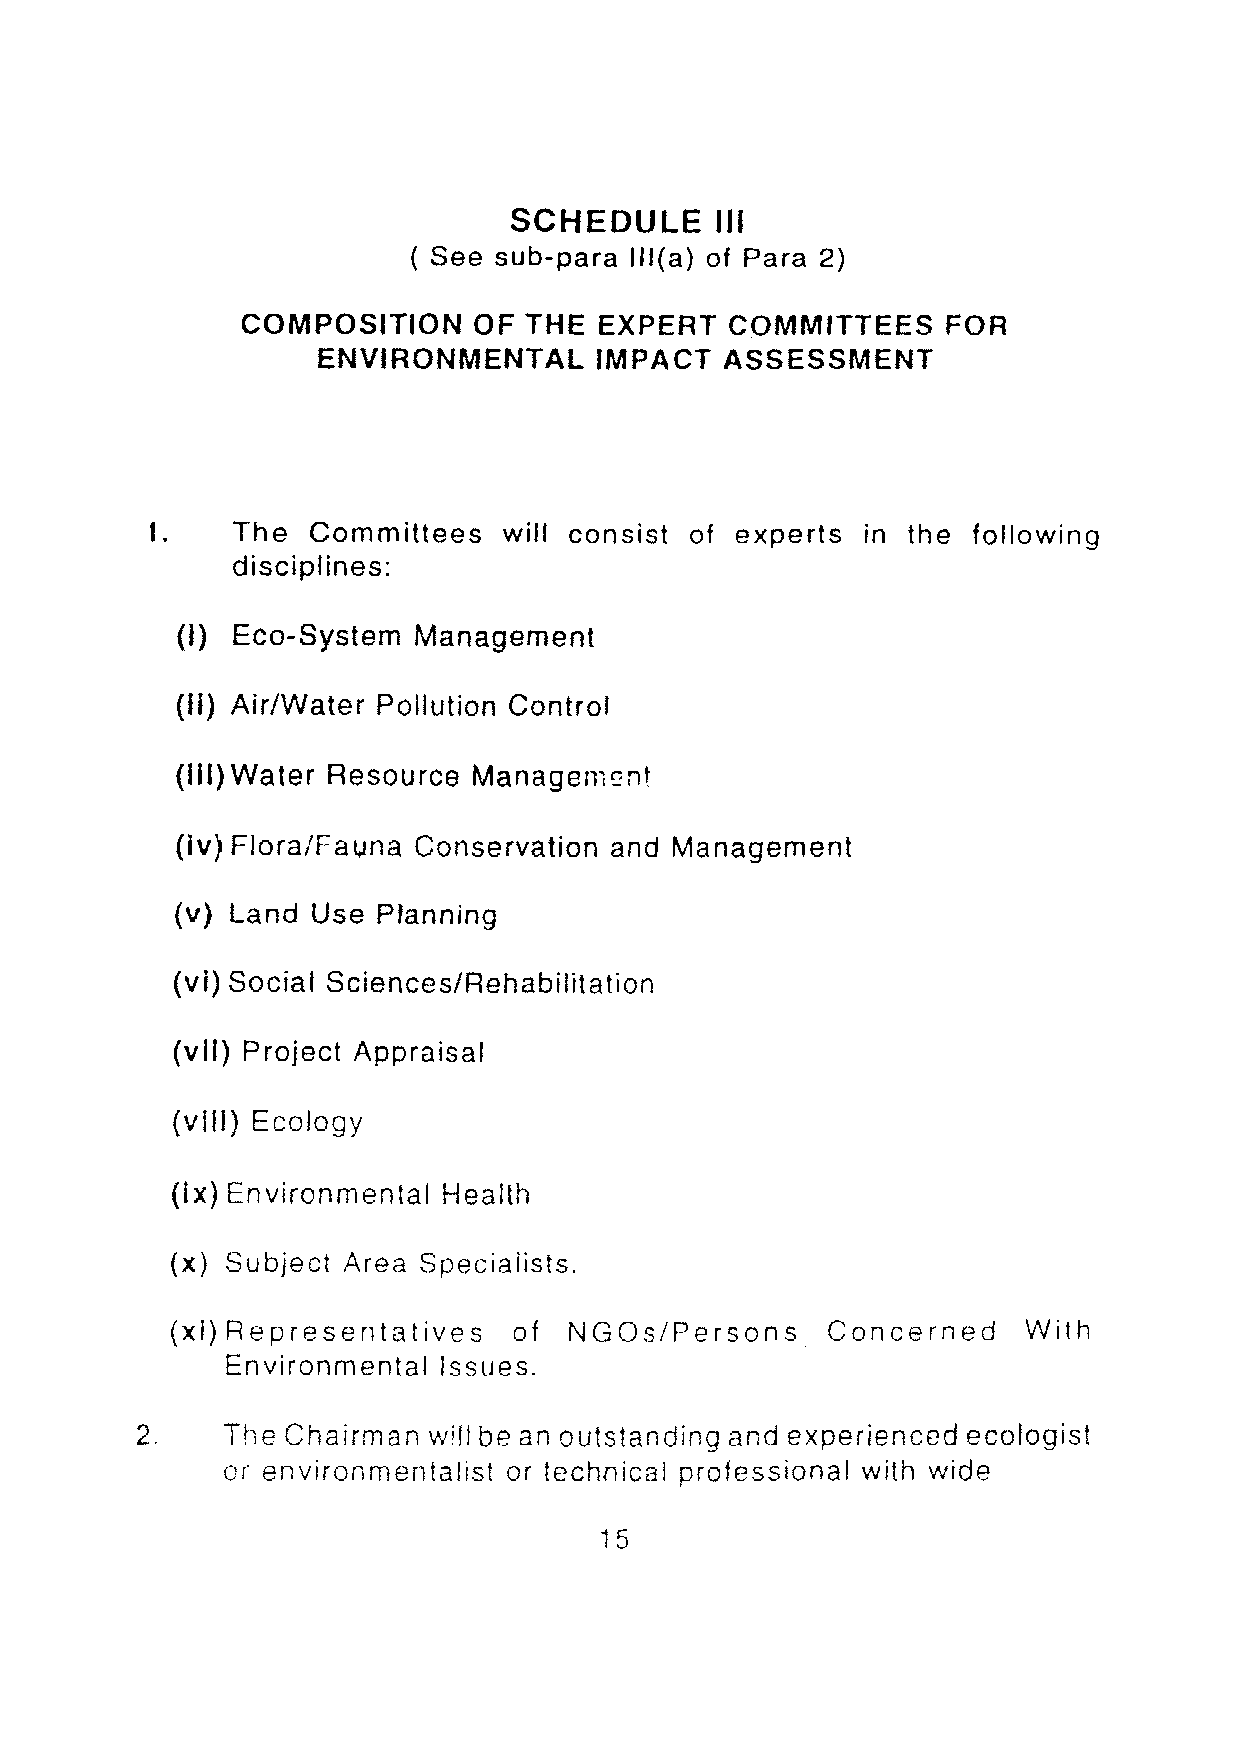
SCHEDULE     III
 ( See sub-para III(a) of Para 2)
 COMPOSITION    OF  THE  EXPERT  COMMITTEES     FOR
 ENVIRONMENTAL     IMPACT   ASSESSMENT
 I.   The  Committees   will consist of experts in the following
 disciplines:
 (I) Eco-System Management
 (II) Air/Water Pollution Control
 (III) Water Resource Management
 (Iv) Flora/Fauna Conservation and Management
 (v) Land Use Planning
 (vi) Social Sciences/Rehabilitation
 (vII) Project Appraisal
 (vIII) Ecology
 (Ix) Environmental Health
 (x) Subject Area Speciaiists.
 (xl)Representatives    of  NGOs/Persons     Concerned    With
 Environmental Issues.
 2.    The Chairman will be an outstanding and experienced ecologist
 or environmentalist or technical professional with wide
 15